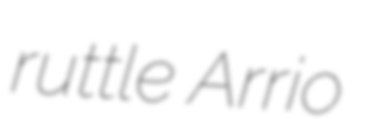
ruttle Arrio